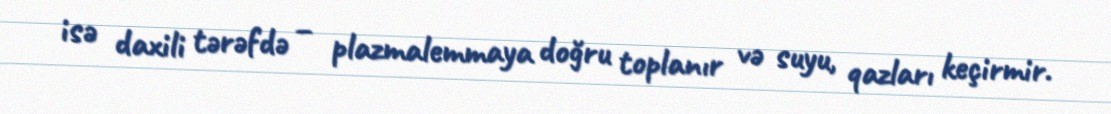
isə daxili tərəfdə – plazmalemmaya doğru toplanır və suyu, qazları keçirmir.